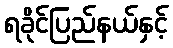
ရခိုင်ပြည်နယ်နှင့်